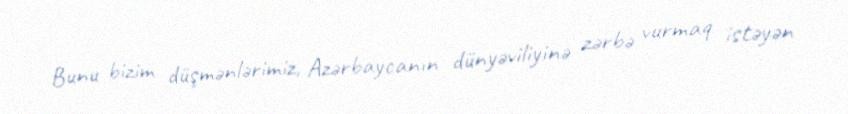
Bunu bizim düşmənlərimiz, Azərbaycanın dünyəviliyinə zərbə vurmaq istəyən